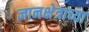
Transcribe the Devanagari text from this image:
ज्ञानक्षेत्राच्या